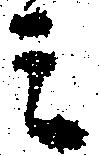
ミ